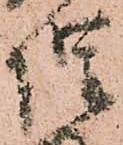
惶